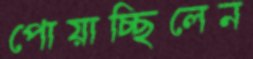
পোয়াচ্ছিলেন